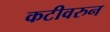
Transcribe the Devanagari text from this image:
कटीवरुन